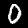
Label: 0